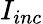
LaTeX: I_{inc}